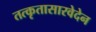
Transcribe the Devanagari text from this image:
तत्कृतासारवेदेन